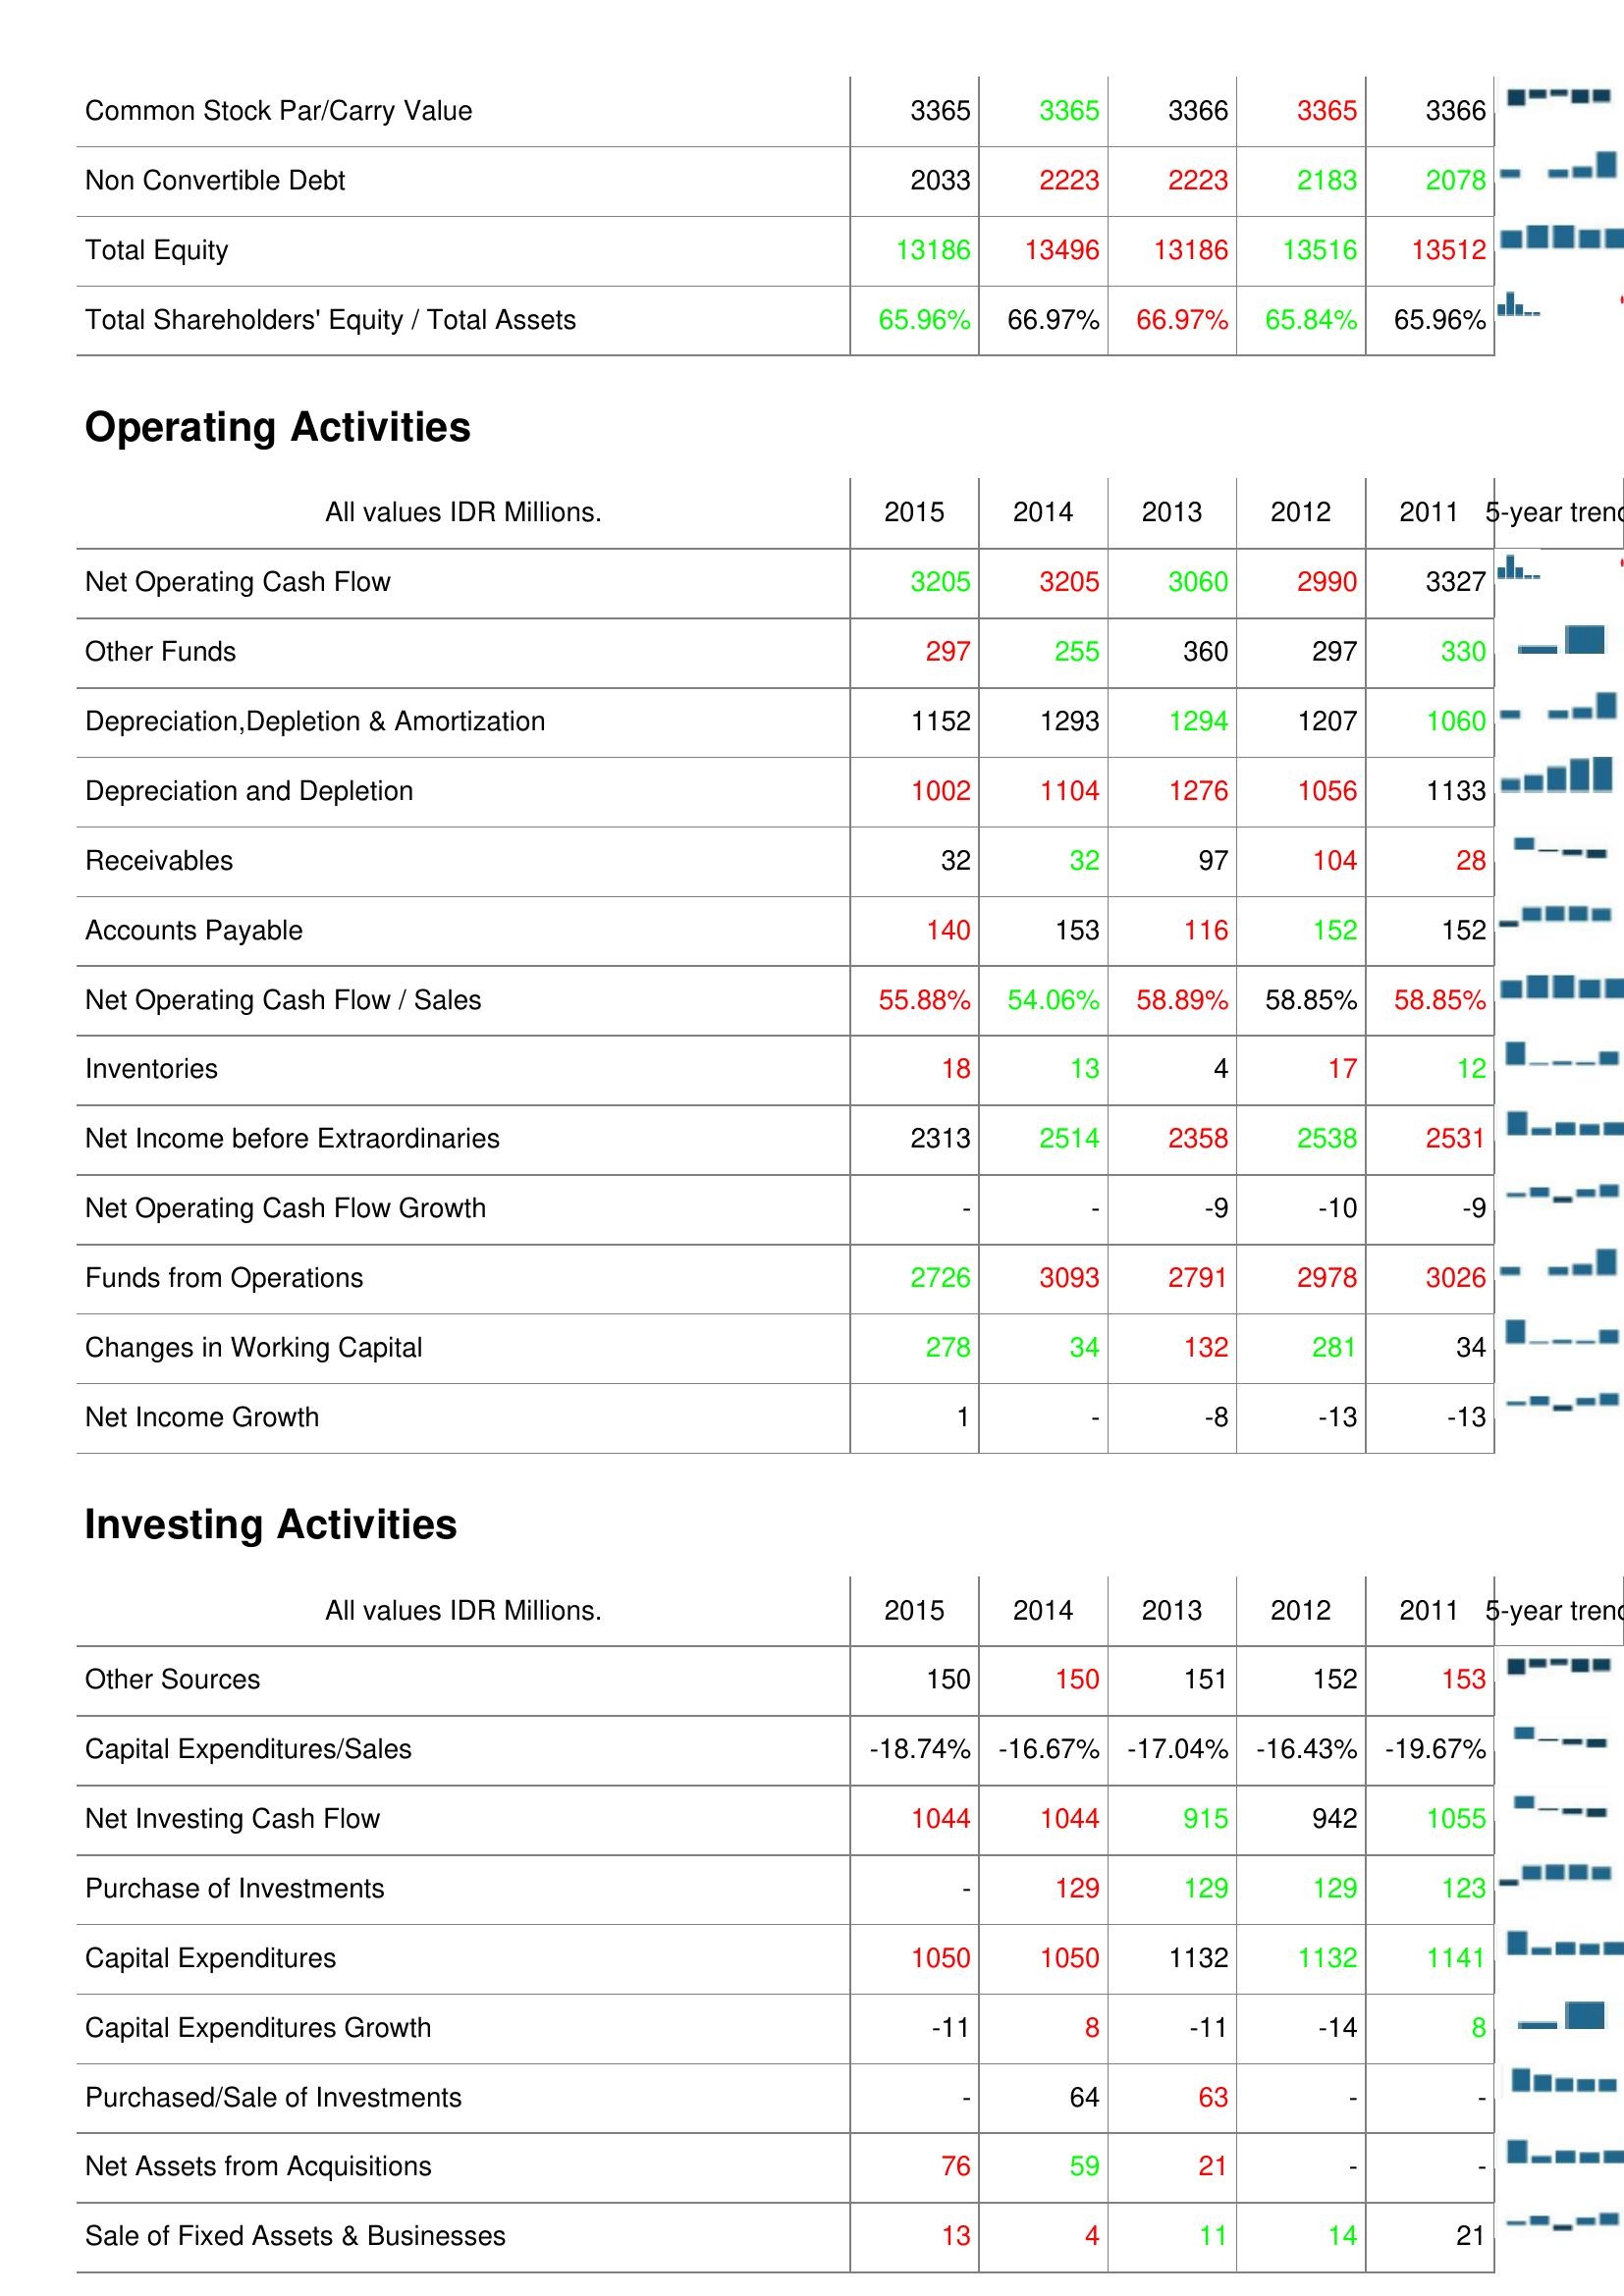
2015: Liabilities & Shareholder's Equity: Common Stock Par/Carry Value: 3365
Non Convertible Debt: 2033
Total Equity: 13186
Total Shareholders' Equity / Total Assets: 65.96%
Operating Activities: Net Operating Cash Flow: 3205
Other Funds: 297
Depreciation,Depletion & Amortization: 1152
Depreciation and Depletion: 1002
Receivables: 32
Accounts Payable: 140
Net Operating Cash Flow / Sales: 55.88%
Inventories: 18
Net Income before Extraordinaries: 2313
Net Operating Cash Flow Growth: -
Funds from Operations: 2726
Changes in Working Capital: 278
Net Income Growth: 1
Investing Activities: Other Sources: 150
Capital Expenditures/Sales: -18.74%
Net Investing Cash Flow: 1044
Purchase of Investments: -
Capital Expenditures: 1050
Capital Expenditures Growth: -11
Purchased/Sale of Investments: -
Net Assets from Acquisitions: 76
Sale of Fixed Assets & Businesses: 13
2014: Liabilities & Shareholder's Equity: Common Stock Par/Carry Value: 3365
Non Convertible Debt: 2223
Total Equity: 13496
Total Shareholders' Equity / Total Assets: 66.97%
Operating Activities: Net Operating Cash Flow: 3205
Other Funds: 255
Depreciation,Depletion & Amortization: 1293
Depreciation and Depletion: 1104
Receivables: 32
Accounts Payable: 153
Net Operating Cash Flow / Sales: 54.06%
Inventories: 13
Net Income before Extraordinaries: 2514
Net Operating Cash Flow Growth: -
Funds from Operations: 3093
Changes in Working Capital: 34
Net Income Growth: -
Investing Activities: Other Sources: 150
Capital Expenditures/Sales: -16.67%
Net Investing Cash Flow: 1044
Purchase of Investments: 129
Capital Expenditures: 1050
Capital Expenditures Growth: 8
Purchased/Sale of Investments: 64
Net Assets from Acquisitions: 59
Sale of Fixed Assets & Businesses: 4
2013: Liabilities & Shareholder's Equity: Common Stock Par/Carry Value: 3366
Non Convertible Debt: 2223
Total Equity: 13186
Total Shareholders' Equity / Total Assets: 66.97%
Operating Activities: Net Operating Cash Flow: 3060
Other Funds: 360
Depreciation,Depletion & Amortization: 1294
Depreciation and Depletion: 1276
Receivables: 97
Accounts Payable: 116
Net Operating Cash Flow / Sales: 58.89%
Inventories: 4
Net Income before Extraordinaries: 2358
Net Operating Cash Flow Growth: -9
Funds from Operations: 2791
Changes in Working Capital: 132
Net Income Growth: -8
Investing Activities: Other Sources: 151
Capital Expenditures/Sales: -17.04%
Net Investing Cash Flow: 915
Purchase of Investments: 129
Capital Expenditures: 1132
Capital Expenditures Growth: -11
Purchased/Sale of Investments: 63
Net Assets from Acquisitions: 21
Sale of Fixed Assets & Businesses: 11
2012: Liabilities & Shareholder's Equity: Common Stock Par/Carry Value: 3365
Non Convertible Debt: 2183
Total Equity: 13516
Total Shareholders' Equity / Total Assets: 65.84%
Operating Activities: Net Operating Cash Flow: 2990
Other Funds: 297
Depreciation,Depletion & Amortization: 1207
Depreciation and Depletion: 1056
Receivables: 104
Accounts Payable: 152
Net Operating Cash Flow / Sales: 58.85%
Inventories: 17
Net Income before Extraordinaries: 2538
Net Operating Cash Flow Growth: -10
Funds from Operations: 2978
Changes in Working Capital: 281
Net Income Growth: -13
Investing Activities: Other Sources: 152
Capital Expenditures/Sales: -16.43%
Net Investing Cash Flow: 942
Purchase of Investments: 129
Capital Expenditures: 1132
Capital Expenditures Growth: -14
Purchased/Sale of Investments: -
Net Assets from Acquisitions: -
Sale of Fixed Assets & Businesses: 14
2011: Liabilities & Shareholder's Equity: Common Stock Par/Carry Value: 3366
Non Convertible Debt: 2078
Total Equity: 13512
Total Shareholders' Equity / Total Assets: 65.96%
Operating Activities: Net Operating Cash Flow: 3327
Other Funds: 330
Depreciation,Depletion & Amortization: 1060
Depreciation and Depletion: 1133
Receivables: 28
Accounts Payable: 152
Net Operating Cash Flow / Sales: 58.85%
Inventories: 12
Net Income before Extraordinaries: 2531
Net Operating Cash Flow Growth: -9
Funds from Operations: 3026
Changes in Working Capital: 34
Net Income Growth: -13
Investing Activities: Other Sources: 153
Capital Expenditures/Sales: -19.67%
Net Investing Cash Flow: 1055
Purchase of Investments: 123
Capital Expenditures: 1141
Capital Expenditures Growth: 8
Purchased/Sale of Investments: -
Net Assets from Acquisitions: -
Sale of Fixed Assets & Businesses: 21